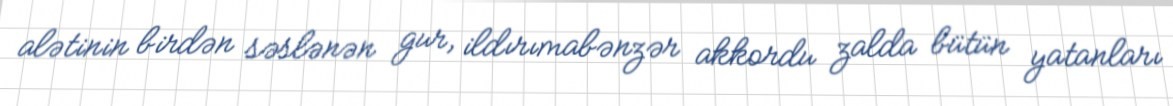
alətinin birdən səslənən gur, ildırımabənzər akkordu zalda bütün yatanları